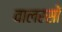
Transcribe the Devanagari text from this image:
वालरसों